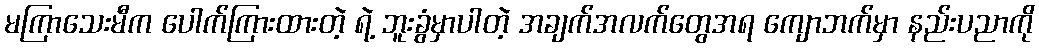
မကြာသေးမီက ပေါက်ကြားထားတဲ့ ရဲ့ ဘူးခွံမှာပါတဲ့ အချက်အလက်တွေအရ ကျောဘက်မှာ နည်းပညာကို